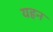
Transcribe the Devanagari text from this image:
यहन